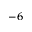
^ { - 6 }